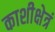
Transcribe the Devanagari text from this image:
काशीक्षेत्रं